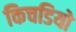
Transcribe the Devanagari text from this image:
किचडियो